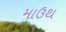
માઉથ